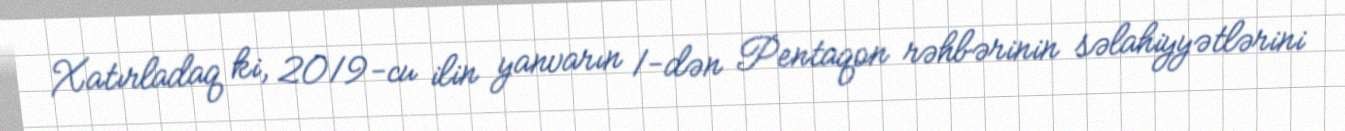
Xatırladaq ki, 2019-cu ilin yanvarın 1-dən Pentaqon rəhbərinin səlahiyyətlərini